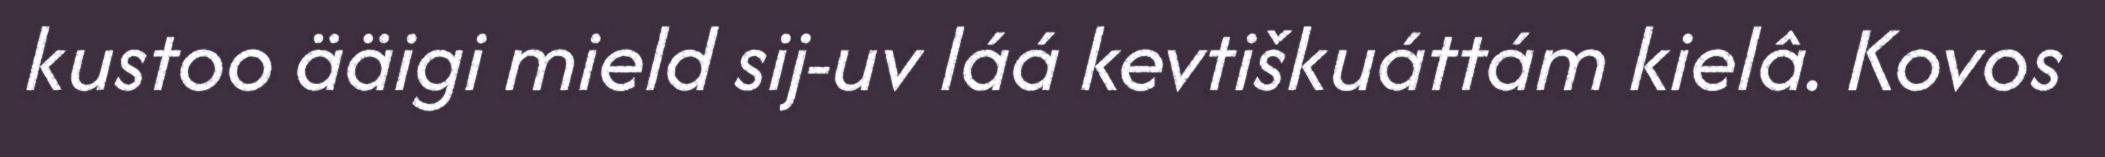
kustoo ääigi mield sij-uv láá kevtiškuáttám kielâ. Kovos